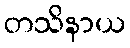
တသိနာယ